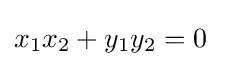
x_{1}x_{2}+y_{1}y_{2}=0\quad